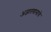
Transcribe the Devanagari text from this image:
अज्ञातवासाचे